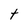
Character: t